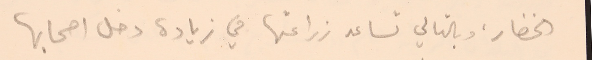
الخضار، وبالتالي تساعد زراعتها في زيادة دخل اصحابها